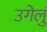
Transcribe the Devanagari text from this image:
उगेलुं